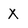
Character: X